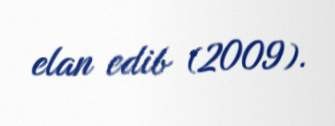
elan edib (2009).